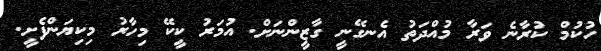
ހުކުމް ކުރާނެ ވަރާ މުއްދަތު އެނގޭނީ ގާޒީންނަށް. އުމަރު ކީކޭ މިހާރު މިކިޔަންފެށީ.